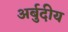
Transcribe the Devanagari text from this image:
अर्बुदीय